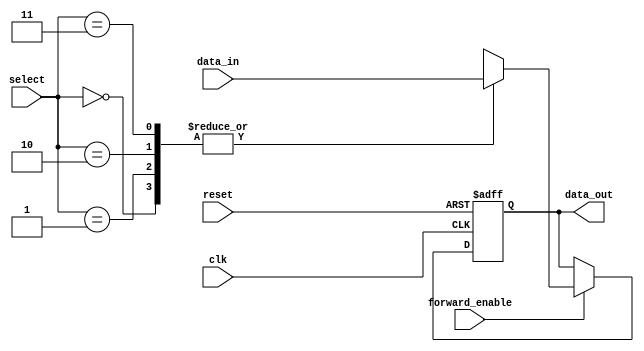
module ForwardingRegister (
    input wire clk,               // Clock signal
    input wire reset,             // Asynchronous reset signal
    input wire [31:0] data_in,    // Input data to be stored in the register
    input wire forward_enable,     // Control signal to enable forwarding
    input wire [1:0] select,       // Control signal to select between multiple inputs
    output reg [31:0] data_out     // Output data
);

    // Internal register to hold the current value
    reg [31:0] stored_value;

    // Always block for synchronous operation
    always @(posedge clk or posedge reset) begin
        if (reset) begin
            // Clear the register on reset
            stored_value <= 32'b0;
        end else if (forward_enable) begin
            // Store the input data when forwarding is enabled
            case (select)
                2'b00: stored_value <= data_in; // Select input 0
                2'b01: stored_value <= data_in; // Select input 1 (could be another source)
                2'b10: stored_value <= data_in; // Select input 2 (could be another source)
                2'b11: stored_value <= data_in; // Select input 3 (could be another source)
                default: stored_value <= stored_value; // Retain previous value
            endcase
        end
    end

    // Output the current stored value
    always @(*) begin
        data_out = stored_value; // Output reflects the current state of the register
    end

endmodule